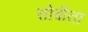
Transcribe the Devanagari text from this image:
सोबीता